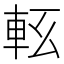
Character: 𨋇